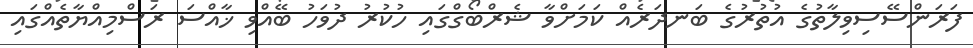
ފަރަންސޭސިވިލާތުގެ އުތުރުގެ ބަނދަރެއް ކަމަށްވާ ޝެރްބޯގްގައި ހުކުރު ދުވަހު ބޭއްވި ޚާއްސަ ރަސްމިއްޔާތެއްގައި